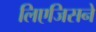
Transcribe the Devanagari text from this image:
लिएजिसने